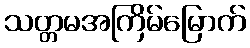
သတ္တမအကြိမ်မြောက်